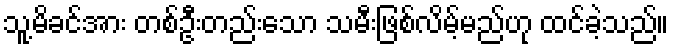
သူ့မိခင်အား တစ်ဦးတည်းသော သမီးဖြစ်လိမ့်မည်ဟု ထင်ခဲ့သည်။